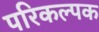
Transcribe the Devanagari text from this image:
परिकल्पक